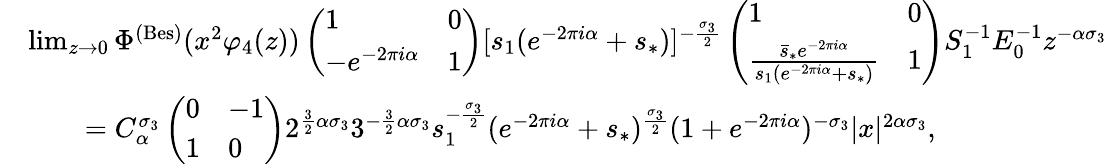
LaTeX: \begin{array}{rl}&{\operatorname*{lim}_{z\to 0}\Phi^{(\mathrm{Bes})}(x^{2}\varphi_{4}(z))\left(\begin{array}{ll}{1}&{0}\\ {-e^{-2\pi i\alpha}}&{1}\end{array}\right)[s_{1}(e^{-2\pi i\alpha}+s_{*})]^{-\frac{\sigma_{3}}{2}}\left(\begin{array}{ll}{1}&{0}\\ {\frac{\bar{s}_{*}e^{-2\pi i\alpha}}{s_{1}(e^{-2\pi i\alpha}+s_{*})}}&{1}\end{array}\right)S_{1}^{-1}E_{0}^{-1}z^{-\alpha\sigma_{3}}}\\ &{\qquad=C_{\alpha}^{\sigma_{3}}\left(\begin{array}{ll}{0}&{-1}\\ {1}&{0}\end{array}\right)2^{\frac{3}{2}\alpha\sigma_{3}}3^{-\frac{3}{2}\alpha\sigma_{3}}s_{1}^{-\frac{\sigma_{3}}{2}}(e^{-2\pi i\alpha}+s_{*})^{\frac{\sigma_{3}}{2}}(1+e^{-2\pi i\alpha})^{-\sigma_{3}}|x|^{2\alpha\sigma_{3}},}\end{array}